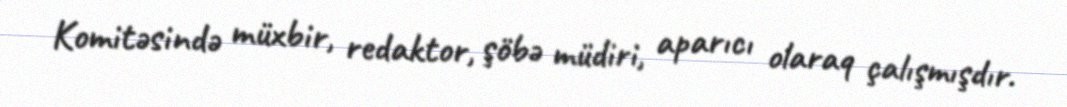
Komitəsində müxbir, redaktor, şöbə müdiri, aparıcı olaraq çalışmışdır.